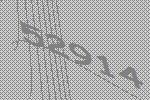
52914